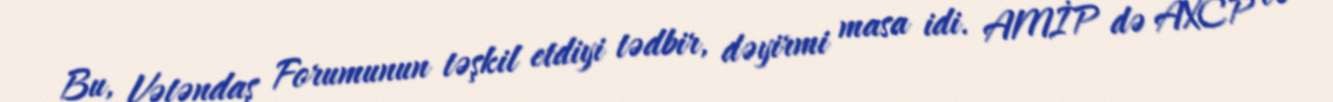
Bu, Vətəndaş Forumunun təşkil etdiyi tədbir, dəyirmi masa idi. AMİP də AXCP və